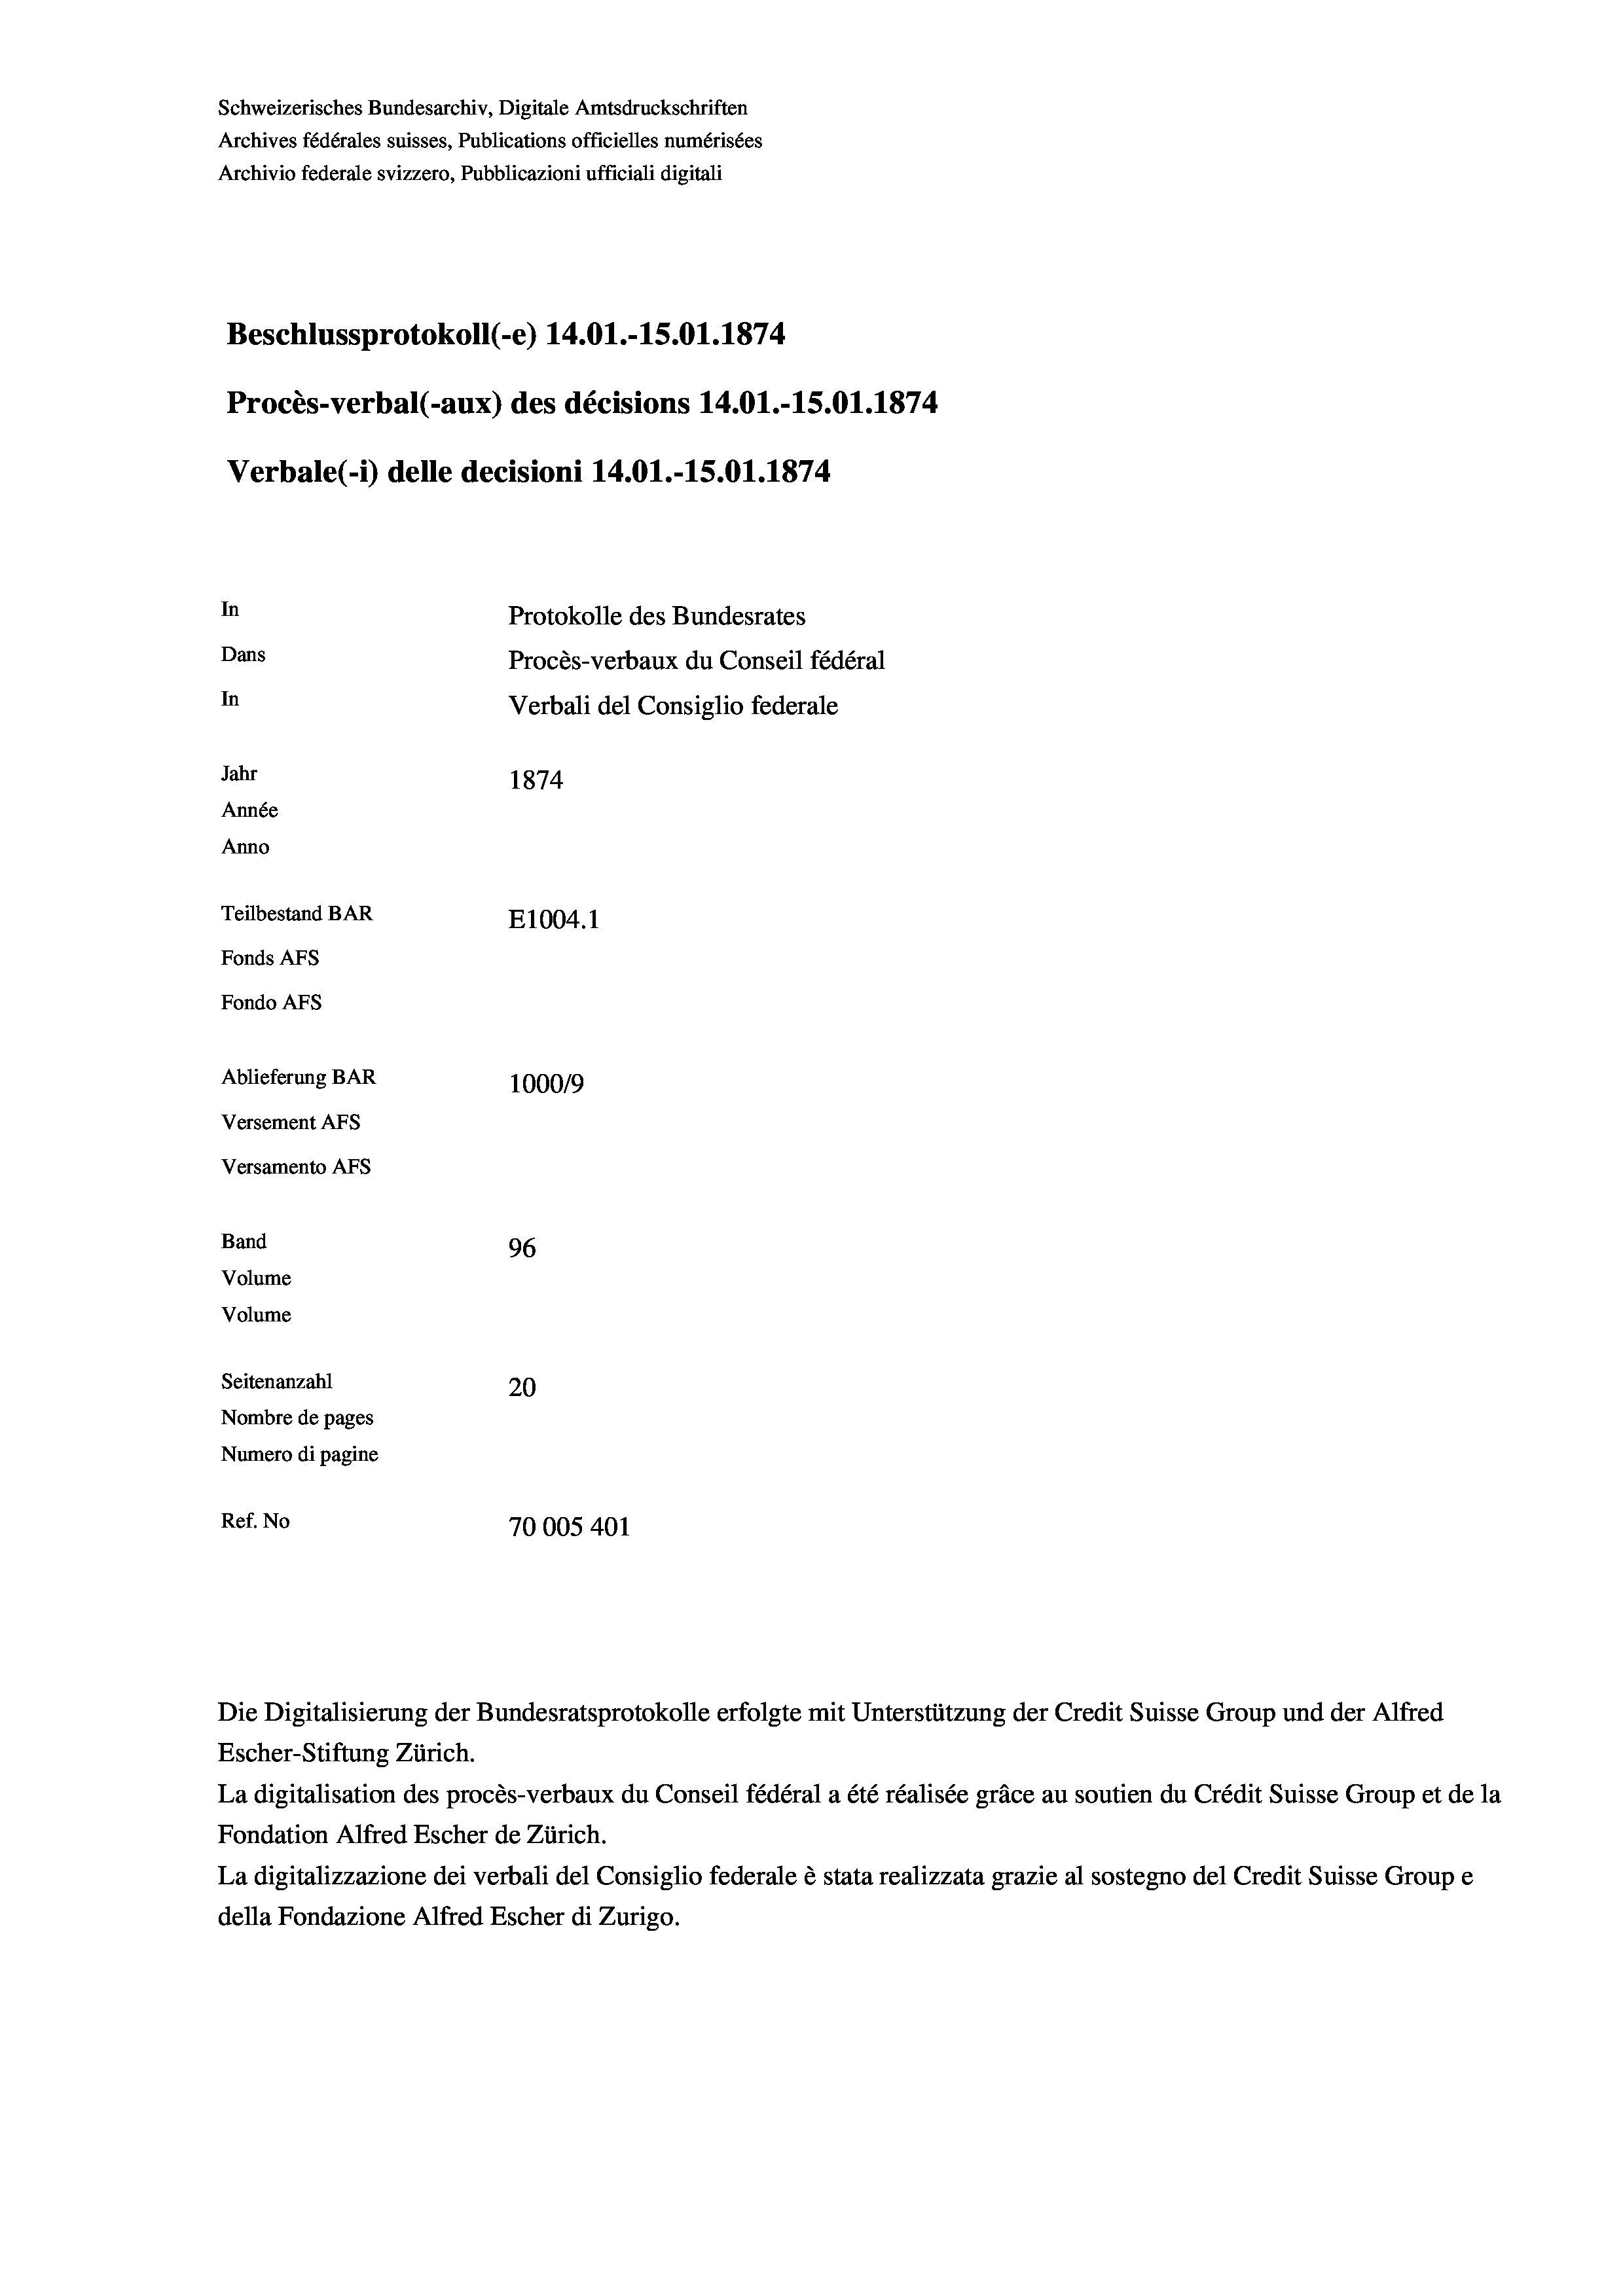
Schweizerisches Bundesarchiv, Digitale Amtsdruckschriften
Archives fédérales suisses, Publications officielles numérisées
Archivio federale svizzero, Pubblicazioni ufficiali digitali
Beschlussprotokoll (-e) 14.01.-15.01. 1874
Procès-verbal (-aux) des décisions 14.01.-15.01.1874
Verbale(-*) delle decisioni 14.01.-15.01. 1874
In
Protokolle des Bundesrates
Dans
Procès-verbaux du Conseil fédéral
In
Verbali del Consiglio federale
Jahr
1874
Année
Anno
Teilbestand BAR
E1004. 1
Fonds AFs
Fondo AFS
Ablieferung BAR
100019
Versement AFs
Versamento AFs
Band
96
Volume
Volume
Seitenanzahl
20

Nombre de pages
Numero di pagine
Ref. No
70005401

La digitalisation des procès-verbaux du Conseil fédéral a été réalisée gräce au soutien du Crédit Suisse Group et de la
Fondation Alfred Escher de Zürich.
La digitalizzazione dei verbali del Consiglio federale è stata realizzata grazie al sostegno del Credit Suisse Groupe
della Fondazione Alfred Escher di Zurigo.

Die Digitalisierung der Bundesratsprotokolle erfolgte mit Unterstützung der Credit Suisse Group und der Alfred
Escher-Stiftung Zürich.